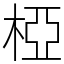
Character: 椏